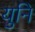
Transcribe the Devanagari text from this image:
युनि